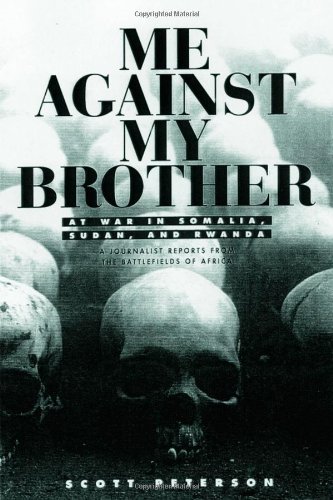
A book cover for Me Against My Brother: At War in Somalia, Sudan and Rwanda; Scott Peterson; History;